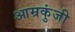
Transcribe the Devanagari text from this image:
आम्रकुंजी